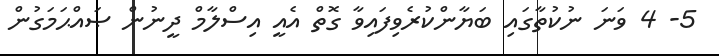
5- 4 ވަނަ ނުކުތާގައި ބަޔާންކުރެވިފައިވާ ގޮތް އެއީ އިސްލާމް ދީނުން ޞައްޙަމަގުން